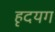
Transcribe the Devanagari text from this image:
हृदयग